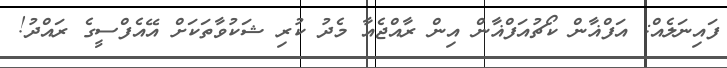
ފައިނަލެއް: އަފްޣާން ކޯޗުއަފްޣާން އިން ރާއްޖެއާ މެދު ކުރި ޝަކުވާތަކަށް އޭއެފްސީގެ ރައްދު!